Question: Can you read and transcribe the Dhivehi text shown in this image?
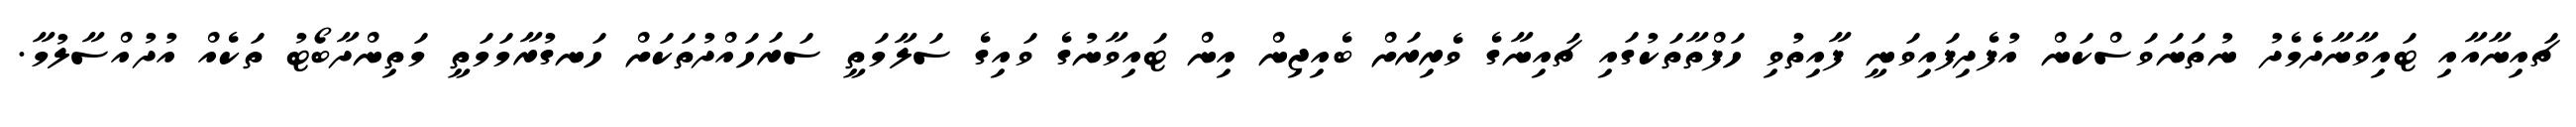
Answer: ޗައިނާއާއި ޓައިވާނާދެމެދު ނުތަނަވަސްކަން އުފެދިފައިވަނީ ފާއިތުވި ހަފްތާތަކުގައި ޗައިނާގެ ވެރިރަށް ބެއިޖިން އިން ޓައިވާނުގެ ވައިގެ ސަލާމަތީ ސަރަހައްދުތަކަށް ހަނގުރާމަމަތީ މަތިންދާބޯޓު ތަކެއް އުދުއްސާލުމާ.